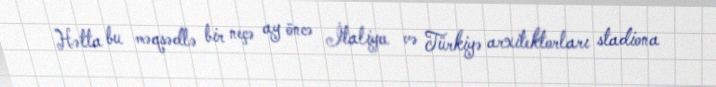
Hətta bu məqsədlə bir neçə ay öncə İtaliya və Türkiyə arxitektorları stadiona